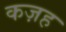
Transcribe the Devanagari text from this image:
कज़ह